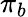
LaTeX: \pi_{b}